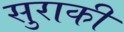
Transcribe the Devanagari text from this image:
सुराकी